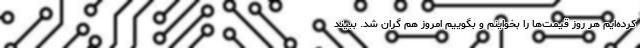
کرده‌ایم هر روز قیمت‌ها را بخواینم و بگوییم امروز هم گران شد. ببیند